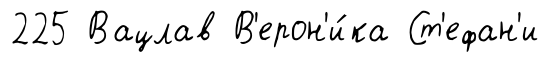
225 Вацлав В'ерон'и́ка Ст'ефан'и